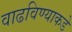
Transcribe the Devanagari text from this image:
वाढविण्याकडे